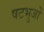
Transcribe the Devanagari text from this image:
षटभुजों